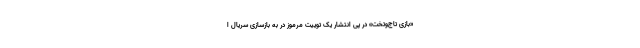
«بازی تاج‌وتخت» در پی انتشار یک توییت مرموز در به بازسازی سریال ا